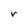
Character: r